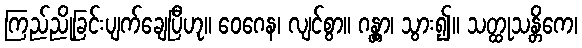
ကြည်ညိုခြင်းပျက်ချေပြီဟု။ ဝေဂေန၊ လျင်စွာ။ ဂန္တွာ၊ သွား၍။ သတ္ထုသန္တိကေ၊